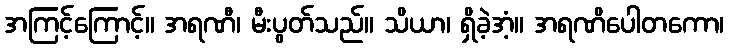
အကြင့်ကြောင့်။ အရဏီ၊ မီးပွတ်သည်။ သိယာ၊ ရှိခဲ့အံ့။ အရဏိပေါတကော၊